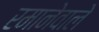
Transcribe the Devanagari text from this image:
रमानेवाले